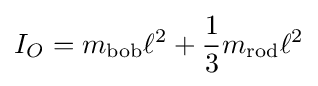
I_{O}=m_{\mathrm {bob} }\ell ^{2}+{\frac {1}{3}}m_{\mathrm {rod} }\ell ^{2}